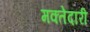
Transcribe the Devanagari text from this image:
मक्‍तेदारी